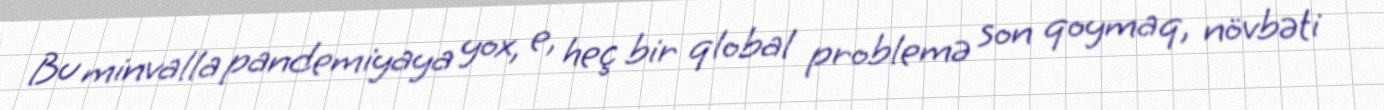
Bu minvalla pandemiyaya yox, e, heç bir qlobal problemə son qoymaq, növbəti